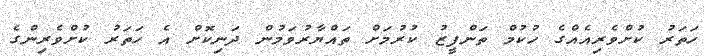
ހަތަރު ކުށްވެރިއެއްގެ ހުކުމް ތަންފީޒު ކުރުމަށް ތައްޔާރުވަމުން ދަނިކޮށް އެ ހަތަރު ކުށްވެރިންގެ